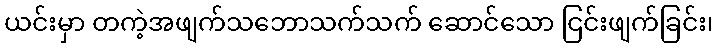
ယင်းမှာ တကဲ့အဖျက်သဘောသက်သက် ဆောင်သော ငြင်းဖျက်ခြင်း၊